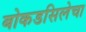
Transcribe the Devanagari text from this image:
बोकडसिलेचा